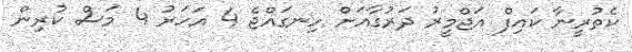
ކެތުރީނާ ކައިފް އަޖްމީރު ދަރުގާއަށް ހިނގައްޖެ 4 އަހަރު 4 މަސް ކުރިން